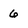
Character: 6